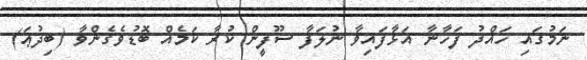
ނަމުގައި ހައްދު ފަހާނާ އަޅާފައިވާ ނުލަފާ ސޫފީން ކުރާ ކަމެއް ބޮޑުވެގެންވާ (ބިދުޢަ)